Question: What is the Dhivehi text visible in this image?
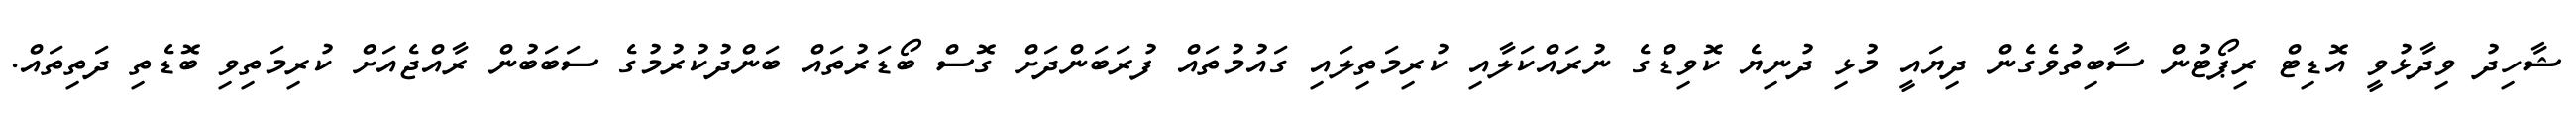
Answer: ޝާހިދު ވިދާޅުވީ އޮޑިޓް ރިޕޯޓުން ސާބިތުވެގެން ދިޔައީ މުޅި ދުނިޔެ ކޮވިޑްގެ ނުރައްކަލާއި ކުރިމަތިލައި ގައުމުތައް ފުރަބަންދަށް ގޮސް ބޯޑަރުތައް ބަންދުކުރުމުގެ ސަބަބުން ރާއްޖެއަށް ކުރިމަތިވި ބޮޑެތި ދަތިތައް.